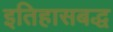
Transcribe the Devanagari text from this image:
इतिहासबद्ध